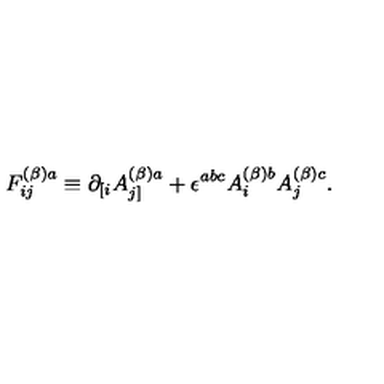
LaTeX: F _ { i j } ^ { ( \beta ) a } \equiv \partial _ { [ i } A _ { j ] } ^ { ( \beta ) a } + \epsilon ^ { a b c } A _ { i } ^ { ( \beta ) b } A _ { j } ^ { ( \beta ) c } .